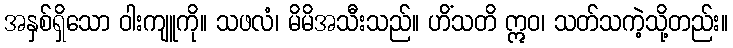
အနှစ်ရှိသော ဝါးကျူကို။ သဖလံ၊ မိမိအသီးသည်။ ဟိံသတိ ဣဝ၊ သတ်သကဲ့သို့တည်း။